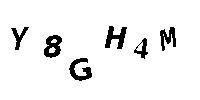
Y8GH4M